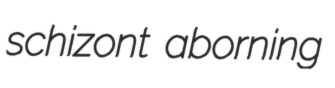
schizont aborning